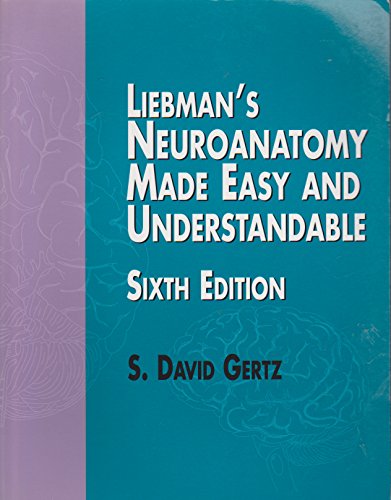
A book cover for Liebman's Neuroanatomy Made Easy and Understandable; S. David Gertz; Medical Books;